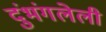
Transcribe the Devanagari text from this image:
दुंभंगलेली